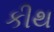
કીથ